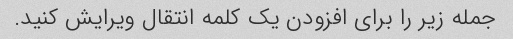
جمله زیر را برای افزودن یک کلمه انتقال ویرایش کنید.